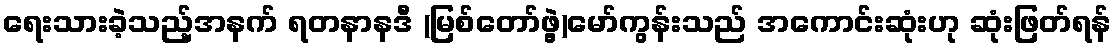
ရေးသားခဲ့သည့်အနက် ရတနာနဒီ (မြစ်တော်ဖွဲ့)မော်ကွန်းသည် အကောင်းဆုံးဟု ဆုံးဖြတ်ရန်